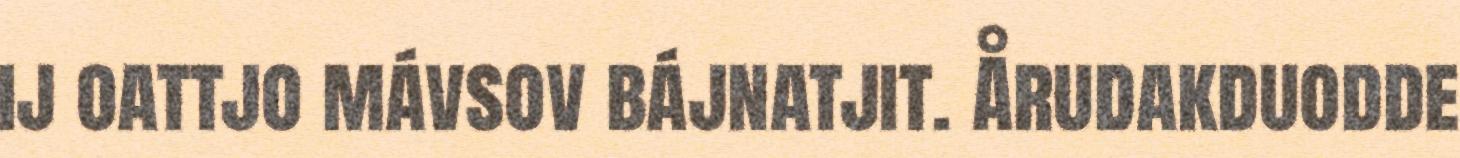
ij oattjo mávsov bájnatjit. Årudakduodde